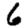
Digit: 6